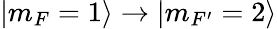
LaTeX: |m_{F}=1\rangle\rightarrow|m_{F^{\prime}}=2\rangle